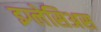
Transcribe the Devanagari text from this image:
इग्लेसिअस